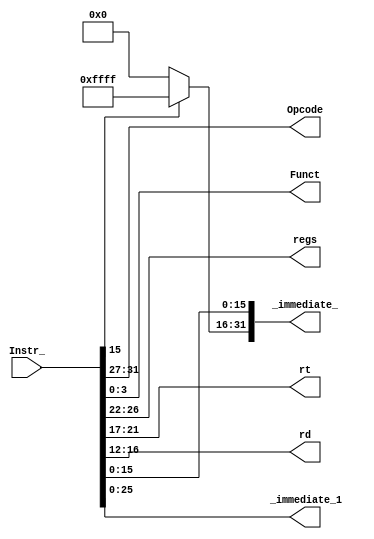
// Saket Jha 21CS30044
// Hunny Chandra 21CS30024
module INSTRUCTION_DECODER(
    input [31:0] Instr_,          // Input instruction, 32 bits wide
    output reg[4:0] Opcode,       // Output for opcode, 5 bits wide
    output reg[3:0] Funct,        // Output for function code, 4 bits wide
    output reg[4:0] regs, rt, rd, // Outputs for register fields (regs, rt, rd), each 5 bits wide
    output reg signed [31:0] _immediate_,  // Output for immediate value, signed and 32 bits wide
    output reg signed [25:0] _immediate_1 // Output for another immediate value, signed and 26 bits wide
);
    always@(*) begin // Combinational logic for decoding the instruction

        _immediate_[31:16] = 16'd0; // Set the upper 16 bits of _immediate_ to zero
        _immediate_[15:0] = Instr_[15:0]; // Set the lower 16 bits of _immediate_ from the input instruction

        if (_immediate_[15] == 1'b1) begin // Check if the most significant bit of _immediate_ is 1
            _immediate_[31:16] = 16'b1111111111111111; // Set the upper 16 bits of _immediate_ to all ones if the MSB is 1
        end

        _immediate_1 <= Instr_[25:0]; // Set _immediate_1 from bits 25 to 0 of the input instruction
        regs <= Instr_[26:22]; // Set the regs field from bits 26 to 22 of the input instruction
        rt <= Instr_[21:17]; // Set the rt field from bits 21 to 17 of the input instruction
        rd <= Instr_[16:12]; // Set the rd field from bits 16 to 12 of the input instruction
        Funct <= Instr_[3:0]; // Set the Funct field from bits 3 to 0 of the input instruction
        Opcode <= Instr_[31:27]; // Set the Opcode field from bits 31 to 27 of the input instruction
    end
endmodule